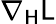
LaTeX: \nabla_{\mathsf{H}}\mathsf{L}